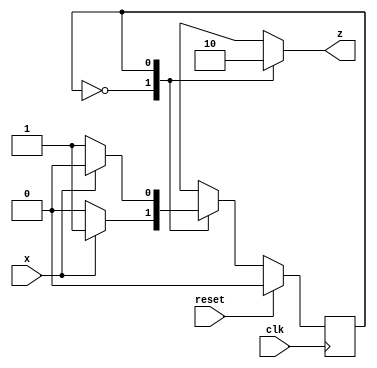
//Parity Generator VERILOG Code

module parity_gen(x,clk,reset,z);
    input x,clk,reset;
    output reg z;
    parameter even =1'b0, odd = 1'b1;
    reg state;
    always@(posedge clk)
    begin
        if (reset ==1'b1)
            state <= even;
        else
        begin
            case(state)
            //Even Parity Generator => number of 1's kept even
            even:
            begin 
                if(x == 1'b1)
                    state <= odd;
                else
                    state <= even;
            end
            //Odd parity Generator => number of 1's kept odd
            odd: 
            begin 
                if(x == 1'b1)
                    state <= even;
                else
                    state <= odd;
            end
            endcase
        end
    end
    always@(state)
    begin
        case(state)
            even: z=1;
            odd: z=0;
        endcase
    end
endmodule